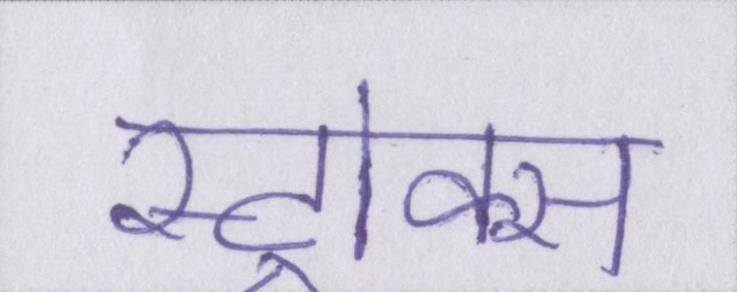
स्ट्रोक्स